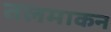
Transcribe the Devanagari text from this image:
तलमाकन